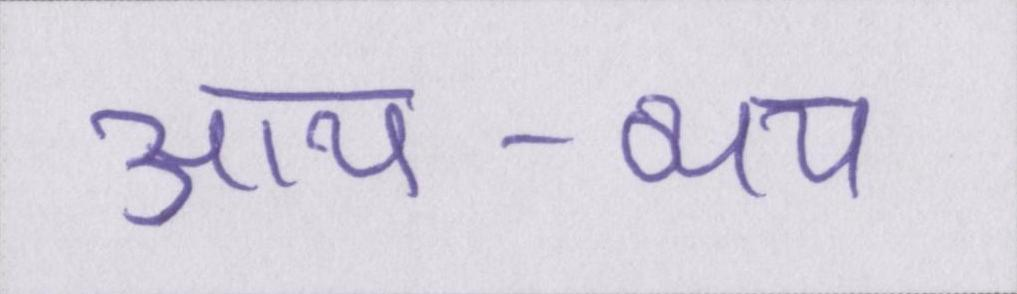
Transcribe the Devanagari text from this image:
आय-व्यय